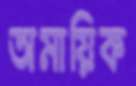
অমায়িক